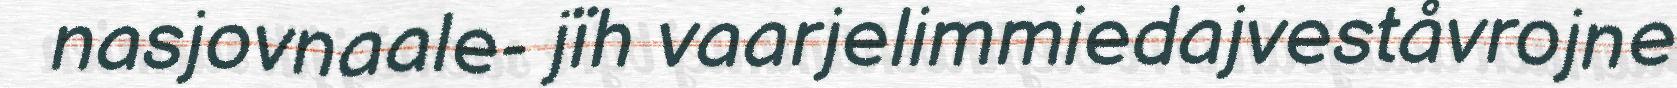
nasjovnaale- jïh vaarjelimmiedajveståvrojne